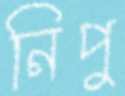
নিপু